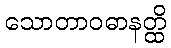
သောတာဝဓာနတ္ထိ